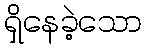
ရှိနေခဲ့သော